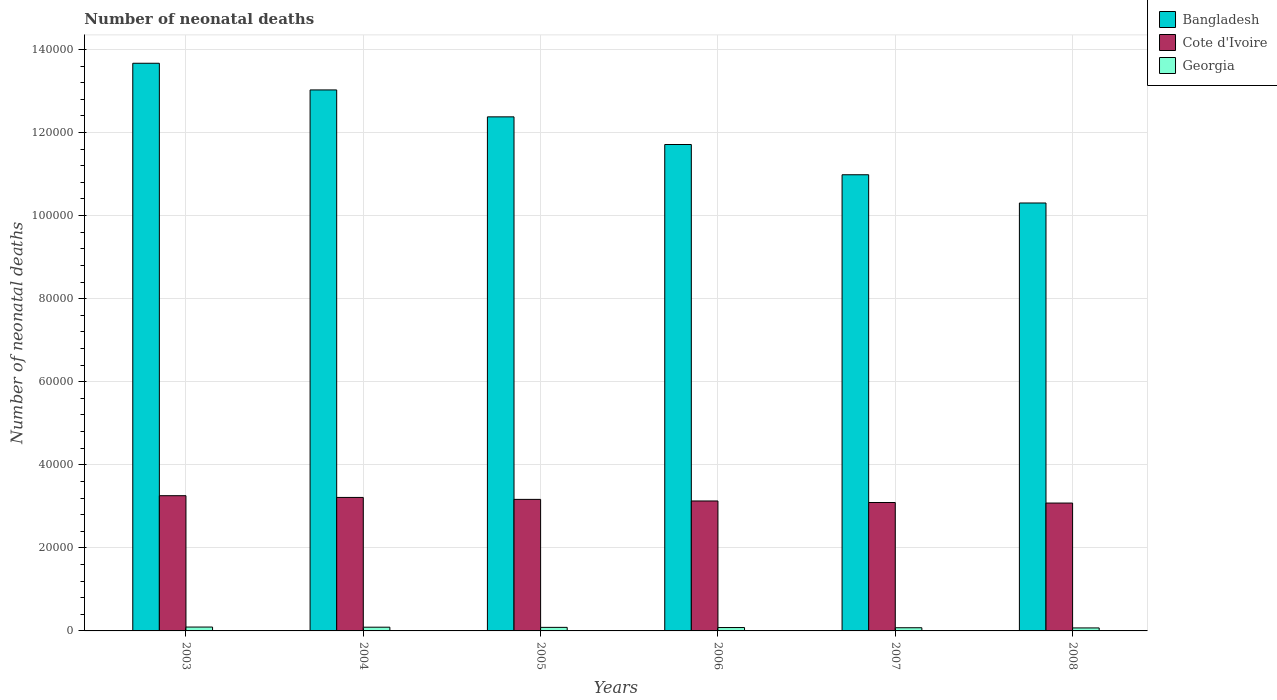
| Years | Bangladesh | Cote d'Ivoire | Georgia |
 | --- | --- | --- | --- |
 | 2003 | 1.37e+05 | 3.26e+04 | 930 |
 | 2004 | 1.3e+05 | 3.21e+04 | 897 |
 | 2005 | 1.24e+05 | 3.17e+04 | 856 |
 | 2006 | 1.17e+05 | 3.13e+04 | 814 |
 | 2007 | 1.1e+05 | 3.09e+04 | 767 |
 | 2008 | 1.03e+05 | 3.08e+04 | 720 |